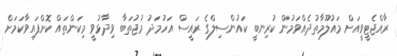
ރާއްޖެޓީވީއަށް މައުލޫމާތުދެއްވަމުން ކުރިނބީ ކައުންސިލްގެ ރައީސް އަހުމަދު މުޖުތަބާ ވިދާޅުވީ މިކަންތައް ކޮށްފައިވާކަމަށް